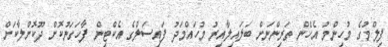
ފިލްމުގެ މުހިންމު އެހެން ތަރިންނަށް ބަލައިލާއިރު މުހައްމަދު ފައިސަލްގެ އެކްޓިން ފާހަގަނުކޮށް ދޫކޮށްލާކަށް